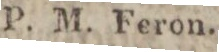
P. M. Feron.